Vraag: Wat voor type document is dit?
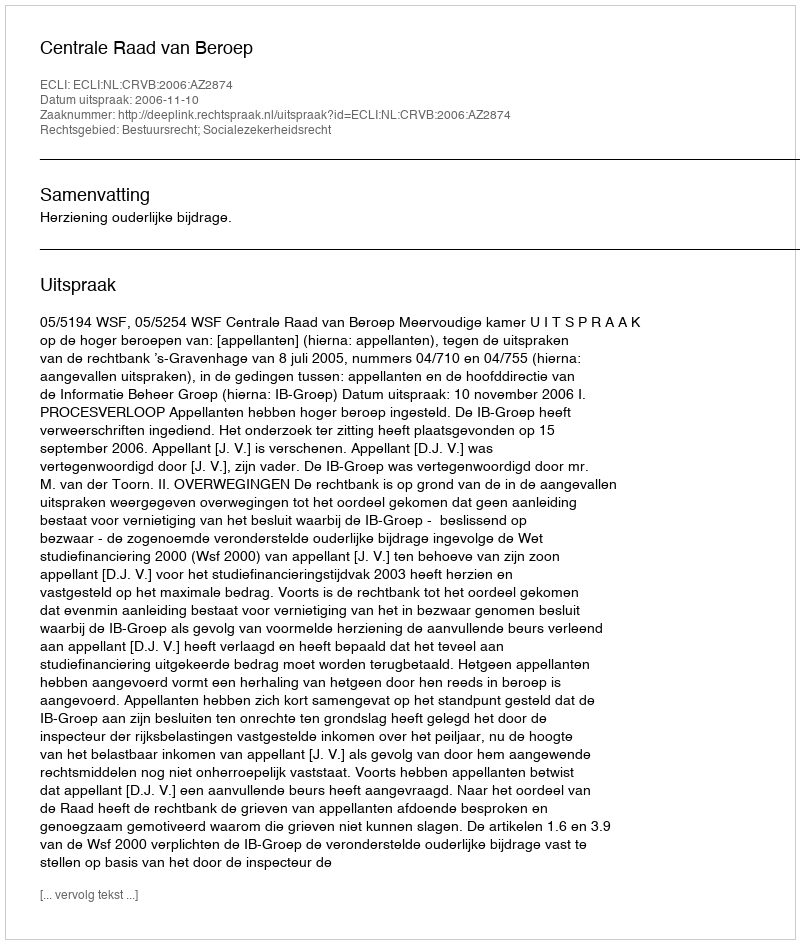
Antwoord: Uitspraak